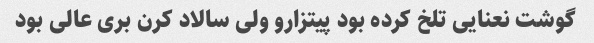
گوشت نعنایی تلخ کرده بود پیتزارو ولی سالاد کرن بری عالی بود